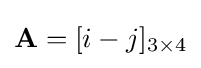
\mathbf {A} =[i-j]_{3\times 4}